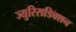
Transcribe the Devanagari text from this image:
ज्युरिसडिक्शन